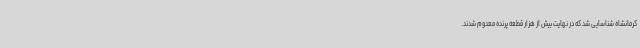
کرمانشاه شناسایی شد که در نهایت بیش از هزار قطعه پرنده معدوم شدند.